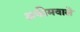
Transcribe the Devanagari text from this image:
अफीमवाले